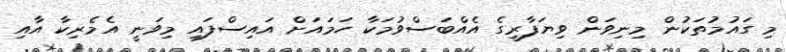
މި ގައުމުތަކުން މިނިވަން ވިޔަފާރީގެ އެއްބަސްވުމަކާ ހަމައަށް އައިސްފައި މިވަނީ އެމެރިކާ އާއި